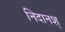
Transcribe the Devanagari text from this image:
निदानश्